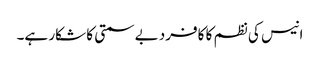
انیس کی نظم کا کافرد بے سمتی کا شکار ہے۔